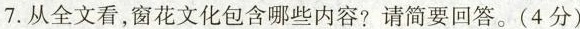
7.从全文看，窗花文化包含哪些内容?请简要回答。(4分)